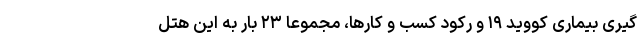
گیری بیماری کووید ۱۹ و رکود کسب و کارها، مجموعا ۲۳ بار به این هتل